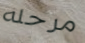
مرحله